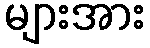
များအား